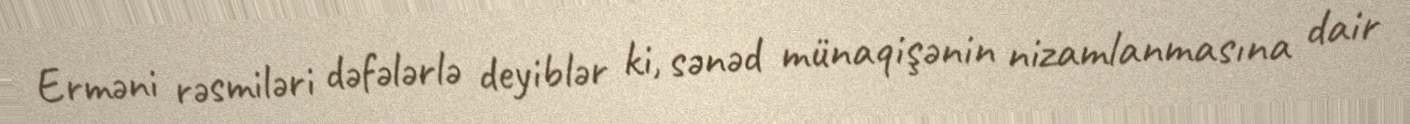
Erməni rəsmiləri dəfələrlə deyiblər ki, sənəd münaqişənin nizamlanmasına dair